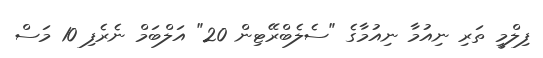
ފިލްމީ ތަރި ނިއުމާ ނިއުމާގެ "ސެލެބްރޭޓިން 20" އަލްބަމް ނެރެފި 10 މަސް